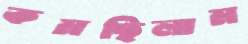
কমছিলাম